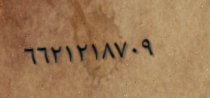
٦٦٢١٢١٨٧٠٩